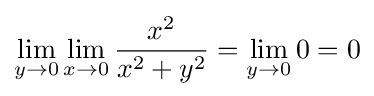
\lim _{y\to 0}\lim _{x\to 0}{\frac {x^{2}}{x^{2}+y^{2}}}=\lim _{y\to 0}0=0